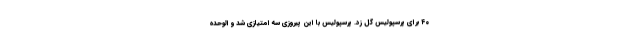
۴۰ برای پرسپولیس گل زد. پرسپولیس با این پیروزی سه امتیازی شد و الوحده